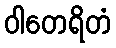
ဝါတေရိတံ